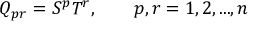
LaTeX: Q _ { p r } = S ^ { p } T ^ { r } , \qquad p , r = 1 , 2 , . . . , n